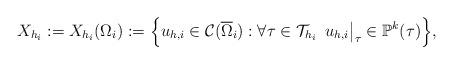
LaTeX: \begin{align*}X_{h_i} := X_{h_i}(\Omega_i) :=\Big\{u_{h,i} \in \mathcal{C}(\overline{\Omega}_i): \forall \tau \in \mathcal{T}_{h_i} \, \, \,u_{h,i}\big|_\tau \in \mathbb{P}^k(\tau)\Big\},\end{align*}